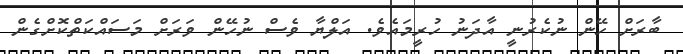
ބާރަށް ހޭން ނުކެރުނީ އާދަނު ހުރީމައެވެ. އަލްޔާ ވެސް ނުހޭން ވަރަށް މަސައްކަތްކޮށްގެން